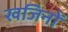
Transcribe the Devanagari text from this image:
खजिनों